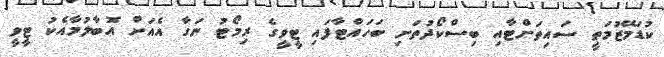
ކުޑަމޭޒުމަތީ ސައިތަށްޓާއި ބިސްކޯދުތަށި ބަހައްޓާފައި ޓީވީގެ ރިމޯޓު ނަގާ އެއަށް އޮބާލުމާއެކު ޓީވީ